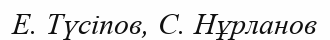
Е. Түсіпов, С. Нұрланов